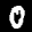
Label: 0